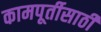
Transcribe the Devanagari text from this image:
कामपूर्तीसाठी